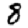
Digit: 8